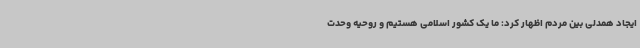
ایجاد همدلی بین مردم اظهار کرد: ما یک‌ کشور اسلامی هستیم و روحیه وحدت